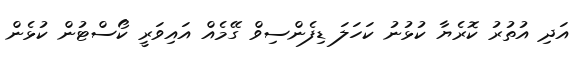
އަދި އުތުރު ކޮރެޔާ ކުޅުނު ކަހަލަ ޑިފެންސިވް ގޭމެއް އައިވަރީ ކޯސްޓުން ކުޅެން